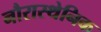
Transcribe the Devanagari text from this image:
नौरास्थेनिक